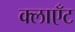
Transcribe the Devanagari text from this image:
क्लाएँट